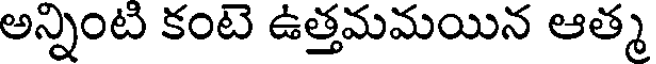
అన్నింటి కంటె ఉత్తమమయిన ఆత్మ